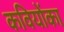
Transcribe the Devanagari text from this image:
कवियोंका